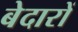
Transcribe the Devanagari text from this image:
बेदारों